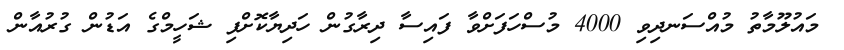
މައުލޫމާތު މުއްސަނދިވި 4000 މުސްހަފަށްވާ ފައިސާ ދިރާގުން ހަދިޔާކޮށްފި ޝަހީމްގެ އަޑުން ގުރުުއާން